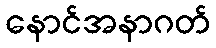
နောင်အနာဂတ်